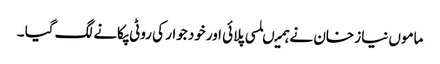
ماموں نیاز خان نے ہمیںلسی پلائی اورخود جوار کی روٹی پکانے لگ گیا ۔